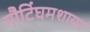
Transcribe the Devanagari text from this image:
नौटिंघमशायर